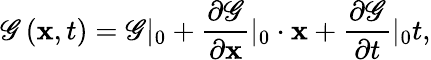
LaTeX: \mathscr{G}\left({\mathbf{x},t}\right)=\mathscr{G}|_{0}+\frac{\partial\mathscr{G}}{\partial\mathbf{x}}|_{0}\cdot\mathbf{x}+\frac{\partial\mathscr{G}}{\partial t}|_{0}t,